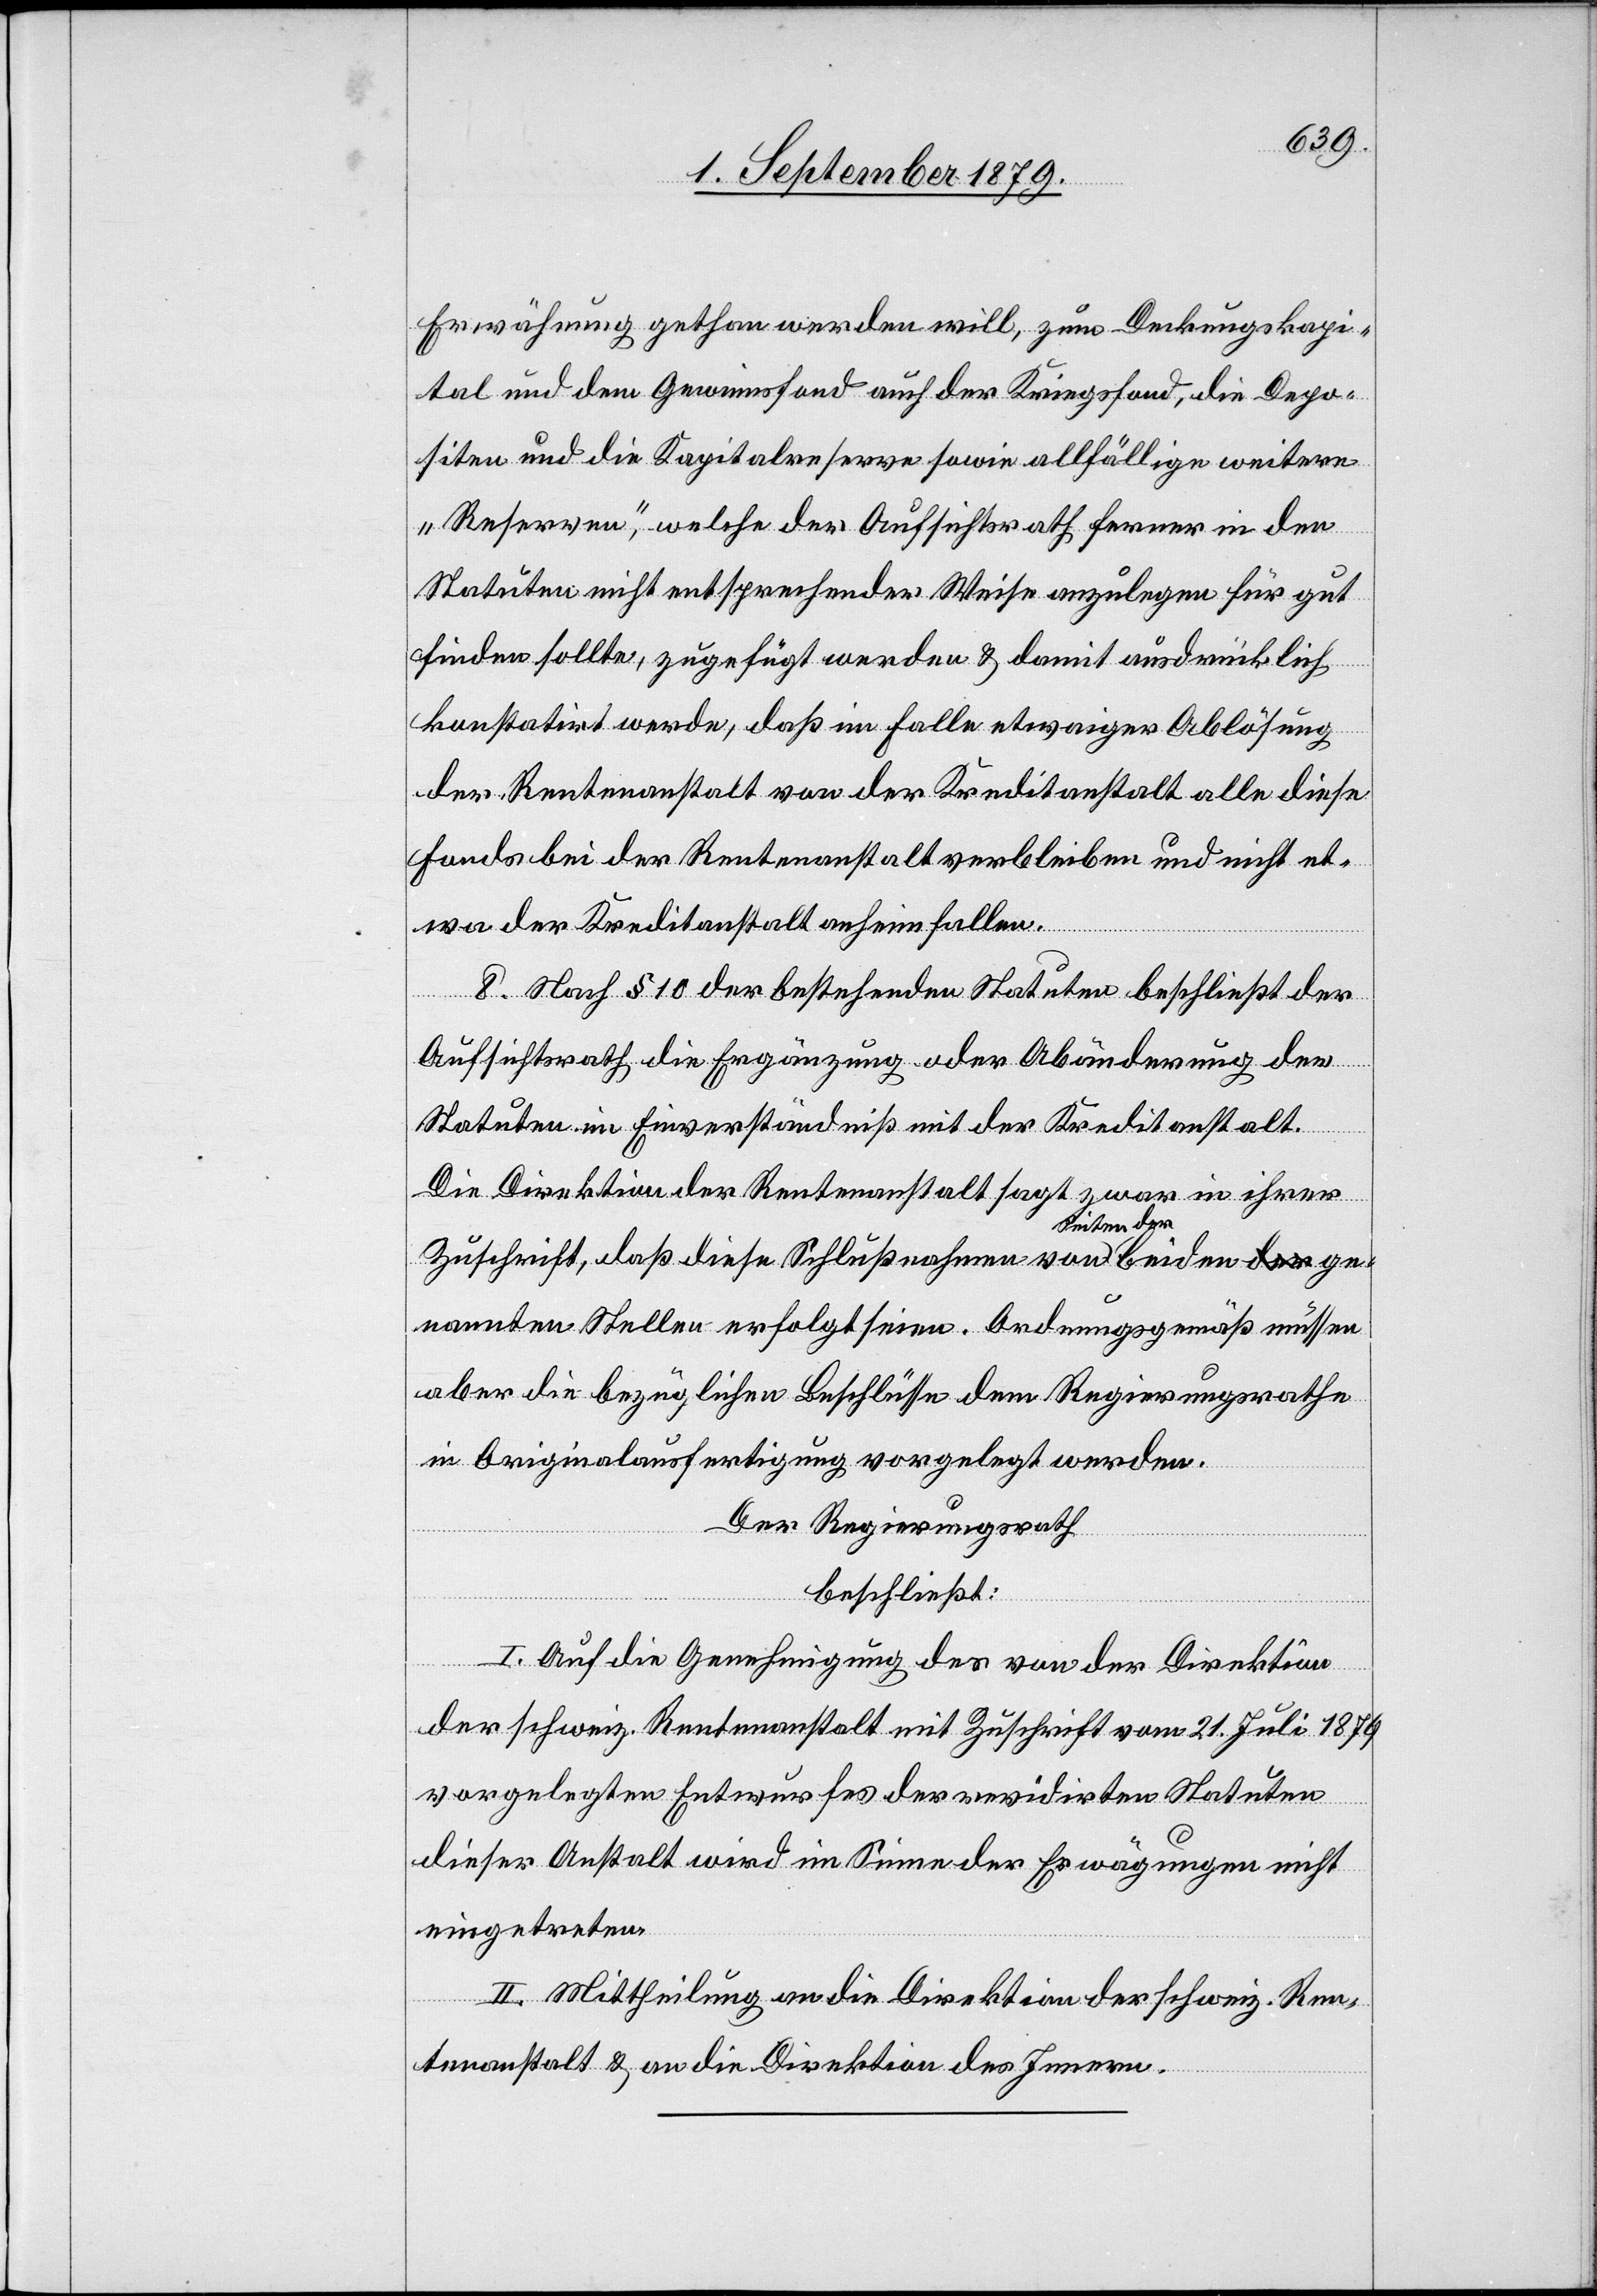
Erwähnung gethan werden will, zum Deckungskapi¬
tal und dem Gewinnsfond auch der Kriegsfond, die Depo¬
siten und die Kapitalreserven sowie allfällige weitere
„Reserven“, welche der Aufsichtsrath ferner in den
Statuten nicht entsprechender Weise anzulegen für gut
finden sollte, zugefügt werden & damit ausdrücklich
konstatirt werde, daß im Falle etwaiger Ablösung
der Rentenanstalt von der Kreditanstalt alle diese
Fonds bei der Rentenanstalt verbleiben und nicht et¬
wa der Kreditanstalt anheimfallen.
8. Nach § 10 der bestehenden Statuten beschließt der
Aufsichtsrath die Ergänzung oder Abänderung der
Statuten im Einverständniß mit der Kreditanstalt.
iden ge¬
Die Direktion der Rentenanstalt sagt zwar in ihrer
Zuschrift, daß diese Schlußnahme von Seiten der be¬
nannten Stellen erfolgt seien. Ordnungsgemäß müssen
aber die bezüglichen Beschlüsse dem Regierungsrathe
in Originalausfertigung vorgelegt werden.
Der Regierungsrath
beschließt:
I. Auf die Genehmigung des von der Direktion
der schweiz. Rentenanstalt mit Zuschrift vom 21. Juli 1879
vorgelegten Entwurfes der revidirten Statuten
dieser Anstalt wird im Sinne der Erwägungen nicht
eingetreten.
II. Mittheilung an die Direktion der schweiz. Ren¬
tenanstalt & an die Direktion des Innern.